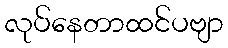
လုပ်နေတာထင်ပဗျာ